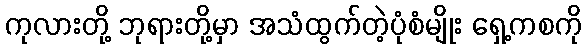
ကုလားတို့ ဘုရားတို့မှာ အသံထွက်တဲ့ပုံစံမျိုး ရှေ့ကစကို